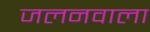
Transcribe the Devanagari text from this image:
जलनवाला